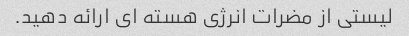
لیستی از مضرات انرژی هسته ای ارائه دهید.